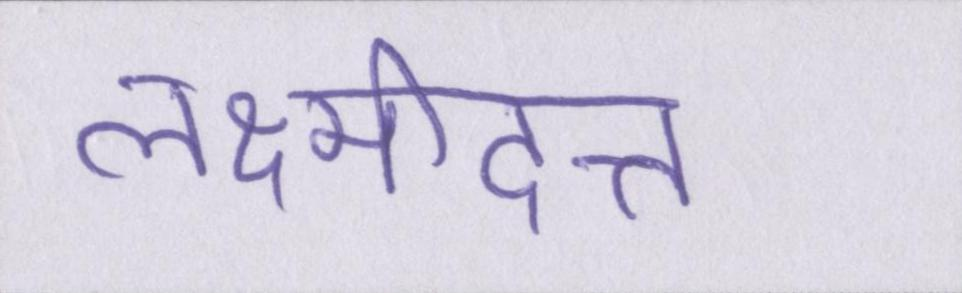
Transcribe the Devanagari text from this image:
लक्ष्मीदत्त